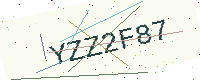
Text: YZZ2F87